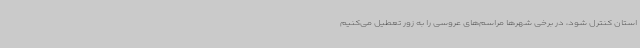
استان کنترل شود، در برخی شهرها مراسم‌های عروسی را به زور تعطیل می‌کنیم